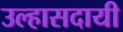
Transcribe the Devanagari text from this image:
उल्हासदायी